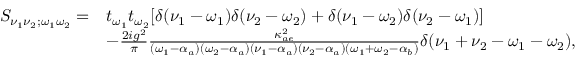
\begin{array} { r l } { S _ { \nu _ { 1 } \nu _ { 2 } ; \omega _ { 1 } \omega _ { 2 } } = } & { t _ { \omega _ { 1 } } t _ { \omega _ { 2 } } [ \delta ( \nu _ { 1 } - \omega _ { 1 } ) \delta ( \nu _ { 2 } - \omega _ { 2 } ) + \delta ( \nu _ { 1 } - \omega _ { 2 } ) \delta ( \nu _ { 2 } - \omega _ { 1 } ) ] } \\ & { - \frac { 2 i g ^ { 2 } } { \pi } \frac { \kappa _ { a e } ^ { 2 } } { ( \omega _ { 1 } - \alpha _ { a } ) ( \omega _ { 2 } - \alpha _ { a } ) ( \nu _ { 1 } - \alpha _ { a } ) ( \nu _ { 2 } - \alpha _ { a } ) ( \omega _ { 1 } + \omega _ { 2 } - \alpha _ { b } ) } \delta ( \nu _ { 1 } + \nu _ { 2 } - \omega _ { 1 } - \omega _ { 2 } ) , } \end{array}